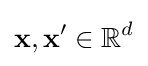
\mathbf {x} ,\mathbf {x'} \in \mathbb {R} ^{d}